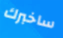
ساخبرك